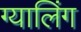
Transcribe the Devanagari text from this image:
ग्यालिंग